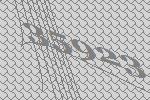
35923